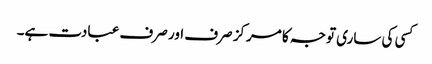
کسی کی ساری توجہ کا مرکز صرف اور صرف عبادت ہے۔